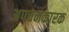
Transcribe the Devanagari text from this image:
अपचनकारक